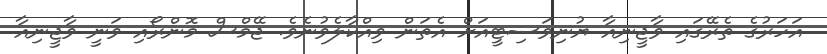
އަހަރުގެ ތެރޭގައި ވާޖީނިއާ ޔުނިވަސިޓީއަށް އެތަން ވިއްކާލެވުނެވެ. ޖޭމްސް މޮންރޯއި ވަނީ ވާޖީނިއާ